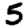
Digit: 5